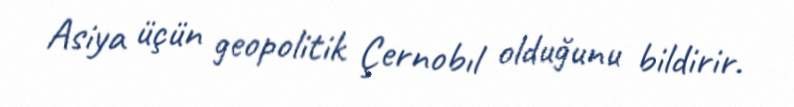
Asiya üçün geopolitik Çernobıl olduğunu bildirir.